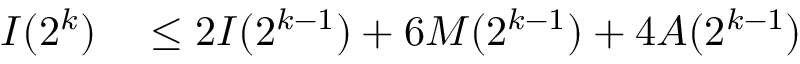
\begin{array} { r l } { I ( 2 ^ { k } ) } & { { } \leq 2 I ( 2 ^ { k - 1 } ) + 6 M ( 2 ^ { k - 1 } ) + 4 A ( 2 ^ { k - 1 } ) } \end{array}